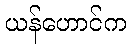
ယန်ဟောင်က